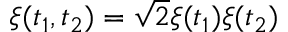
\xi ( t _ { 1 } , t _ { 2 } ) = \sqrt { 2 } \xi ( t _ { 1 } ) \xi ( t _ { 2 } )